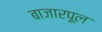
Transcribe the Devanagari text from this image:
बाजारपूल